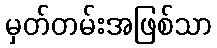
မှတ်တမ်းအဖြစ်သာ